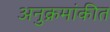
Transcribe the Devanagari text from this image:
अनुक्रमांकीत